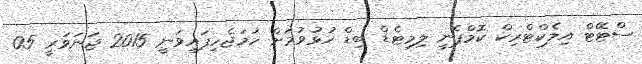
ސްޓޭޓް އިލެކްޓްރިކް ކޮމްޕެނީ ލިމިޓެޑް ބިޑް ހުޅުވުމަށް ހަމަޖެހިފައިވަނީ 2015 ޖަނަވަރީ 05